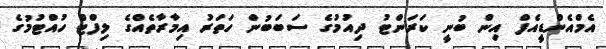
އެމްއެންޑީއެފް އިން ބުނީ ކަރަންޓު ދިއުމުގެ ސަބަބުން ހަތަރު އިމާރާތެއްގެ ލިފްޓް ހުއްޓުމުގެ